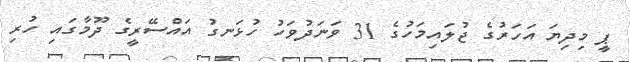
ޕީ މިދިޔަ އަހަރުގެ ޖުލައިމަހުގެ 31 ވަނަދުވަހު ހުޅަނގު އައްސޭރީގެ ދޫމާގައި ހުރި